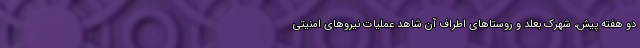
دو هفته پیش، شهرک بعلد و روستاهای اطراف آن شاهد عملیات نیروهای امنیتی